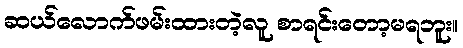
ဆယ်လောက်ဖမ်းထားတဲ့လူ စာရင်းတော့မရဘူး။